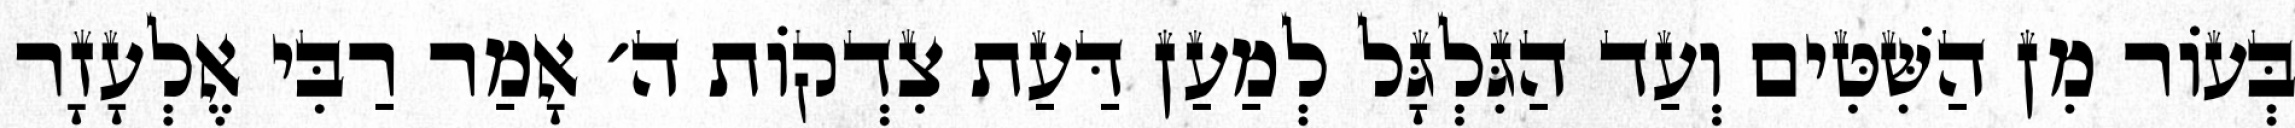
בְּעוֹר מִן הַשִּׁטִּים וְעַד הַגִּלְגָּל לְמַעַן דַּעַת צִדְקוֹת ה׳ אָמַר רַבִּי אֶלְעָזָר